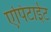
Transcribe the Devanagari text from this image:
एपिटाईट